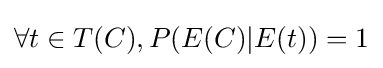
\forall t\in T(C),P(E(C)|E(t))=1